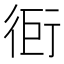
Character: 衐